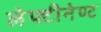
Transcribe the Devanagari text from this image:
लेफ्टीनेण्ट